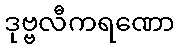
ဒုဗ္ဗလီကရဏော